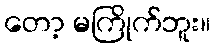
တော့ မကြိုက်ဘူး။